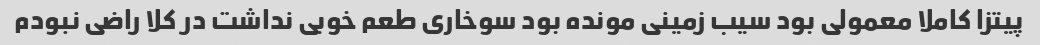
پیتزا کاملا معمولی بود سیب زمینی مونده بود سوخاری طعم خوبی نداشت در کلا راضی نبودم